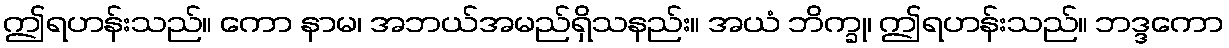
ဤရဟန်းသည်။ ကော နာမ၊ အဘယ်အမည်ရှိသနည်း။ အယံ ဘိက္ခု၊ ဤရဟန်းသည်။ ဘဒ္ဒကော